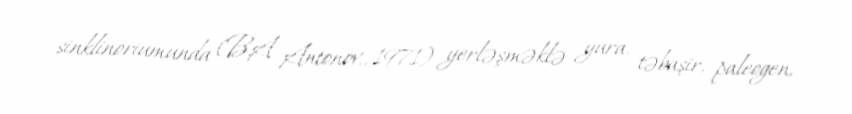
sinklinoriumunda (B.A Antonov., 1971) yerləşməklə yura, təbaşir, paleogen,